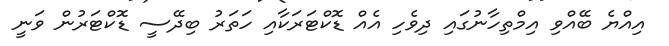
އިއްޔެ ބޭއްވި އިމްތިހާނުގައި ދިވެހި އެއް ޑޮކްޓަރަކާއި ހަތަރު ބިދޭސީ ޑޮކްޓަރުން ވަނީ